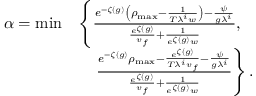
\begin{array} { r l } { \alpha = \operatorname* { m i n } } & { \left\{ \frac { e ^ { - \zeta ( g ) } \left( \rho _ { \operatorname* { m a x } } - \frac { 1 } { T \lambda ^ { i } w } \right) - \frac { \psi } { g \lambda ^ { i } } } { \frac { e ^ { \zeta ( g ) } } { v _ { f } } + \frac { 1 } { e ^ { \zeta ( g ) } w } } , \right. } \\ & { \quad \left. \frac { e ^ { - \zeta ( g ) } \rho _ { \operatorname* { m a x } } - \frac { e ^ { \zeta ( g ) } } { T \lambda ^ { i } v _ { f } } - \frac { \psi } { g \lambda ^ { i } } } { \frac { e ^ { \zeta ( g ) } } { v _ { f } } + \frac { 1 } { e ^ { \zeta ( g ) } w } } \right\} . } \end{array}